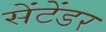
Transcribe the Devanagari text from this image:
सेंटेंडर